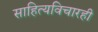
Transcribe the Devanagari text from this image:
साहित्यविचारही